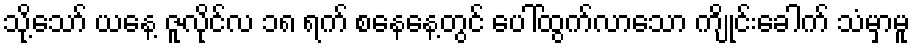
သို့သော် ယနေ့ ဇူလိုင်လ ၁၈ ရက် စနေနေ့တွင် ပေါ်ထွက်လာသော ကျိုင်းခေါက် သံမှာမူ